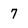
Character: 7